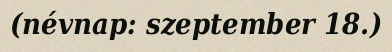
(névnap: szeptember 18.)